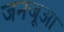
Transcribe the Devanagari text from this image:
जनजूआ